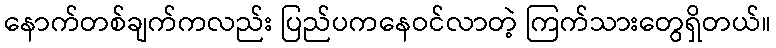
နောက်တစ်ချက်ကလည်း ပြည်ပကနေဝင်လာတဲ့ ကြက်သားတွေရှိတယ်။